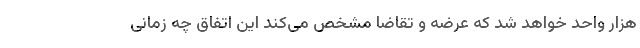
هزار واحد خواهد شد که عرضه و تقاضا مشخص می‌کند این اتفاق چه زمانی